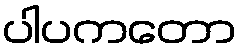
ပါပကတော